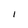
Character: 1